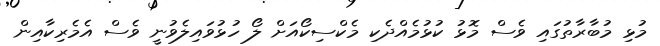
މުޅި މުބާރާތުގައި ވެސް މޮޅު ކުޅުމެއްދެކި މެކްސިކޯއަށް ލޯ ހުޅުވައިލެވުނީ ވެސް އެމެރިކާއިން